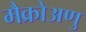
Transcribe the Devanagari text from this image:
मैक्रोअणु